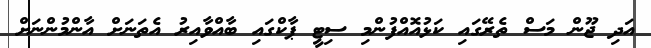
އަދި ޖޫން މަސް ތެރޭގައި ކަޅުއޮއްފުންމި ސިޓީ ޕާކްގައި ބާއްވާއިރު އެތަނަށް އާންމުންނަށް